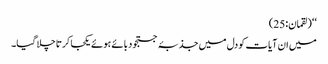
‘‘ (لقمان:25)
میں ان آیات کو دل میں جذبۂ جستجو دبائے ہوئے یکجا کرتا چلا گیا۔